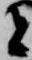
者